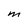
Character: M